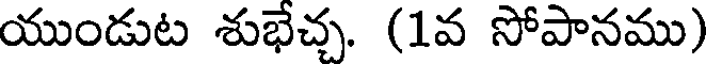
యుండుట శుభేచ్చ. (1వ సోపానము)